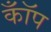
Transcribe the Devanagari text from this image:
कॉँप